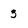
Character: 3